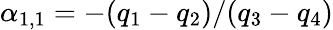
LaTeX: \alpha_{1,1}=-(q_{1}-q_{2})/(q_{3}-q_{4})